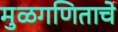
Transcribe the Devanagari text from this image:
मुळगणिताचे